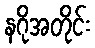
နဂိုအတိုင်း